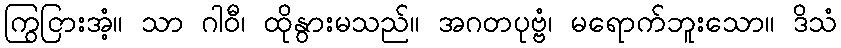
ကြွငြားအံ့။ သာ ဂါဝီ၊ ထိုနွားမသည်။ အဂတပုဗ္ဗံ၊ မရောက်ဘူးသော။ ဒိသံ